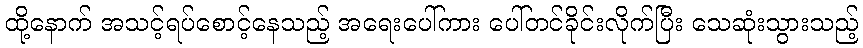
ထို့နောက် အသင့်ရပ်စောင့်နေသည့် အရေးပေါ်ကား ပေါ်တင်ခိုင်းလိုက်ပြီး သေဆုံးသွားသည့်